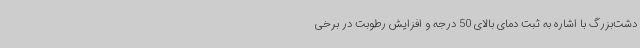
دشت‌بزرگ با اشاره به ثبت دمای بالای 50 درجه و افزایش رطوبت در برخی